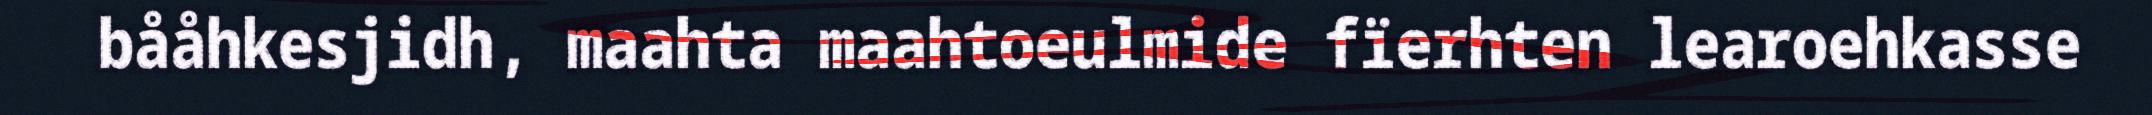
bååhkesjidh, maahta maahtoeulmide fïerhten learoehkasse